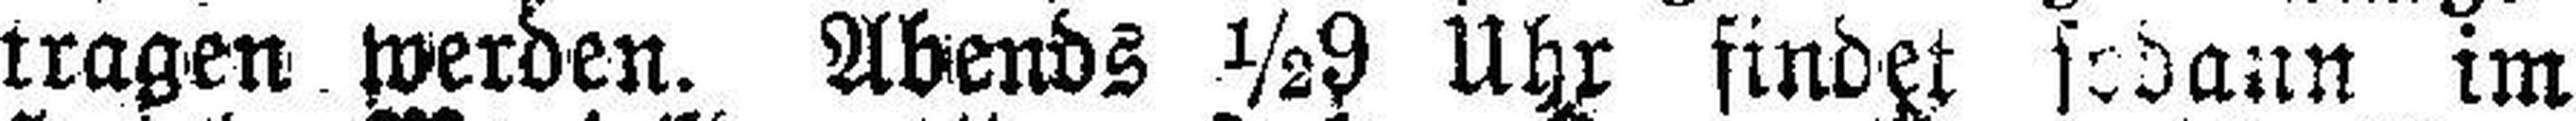
tragen werden. Abends ½9 Uhr findet sodann im